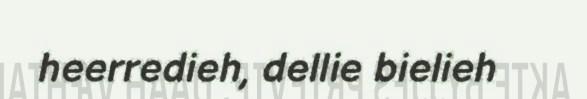
heerredieh, dellie bielieh